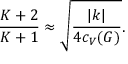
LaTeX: { \frac { { \cal K } + 2 } { { \cal K } + 1 } } \approx \sqrt { \frac { | k | } { 4 c _ { V } ( G ) } } .